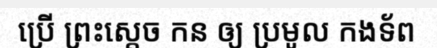
ប្រើ ព្រះស្តេច កន ឲ្យ ប្រមូល កងទ័ព